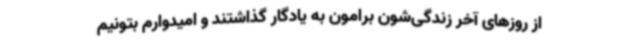
از روزهای آخر زندگی‌شون برامون به یادگار گذاشتند و امیدوارم بتونیم